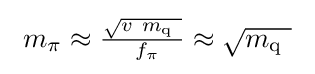
\ m_{\pi }\approx {\tfrac {\sqrt {v\ m_{\text{q}}\ }}{\ f_{\pi }}}\approx {\sqrt {m_{\text{q}}\ }}\